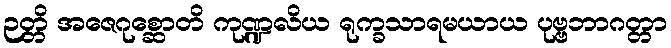
ဉတ္တိ အဇေဂုစ္ဆောတိ ကုဏ္ဍလိယ ရုက္ခသာရမယာယ ပုဗ္ဗဘာဂတ္တာ